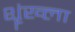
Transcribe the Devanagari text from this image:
शॄंख्ला